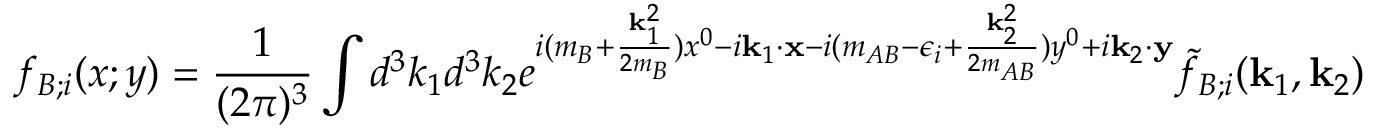
f _ { B ; i } ( x ; y ) = \frac { 1 } { ( 2 \pi ) ^ { 3 } } \int d ^ { 3 } k _ { 1 } d ^ { 3 } k _ { 2 } e ^ { i ( m _ { B } + \frac { { \bf k } _ { 1 } ^ { 2 } } { 2 m _ { B } } ) x ^ { 0 } - i { \bf k } _ { 1 } \cdot { \bf x } - i ( m _ { A B } - \epsilon _ { i } + \frac { { \bf k } _ { 2 } ^ { 2 } } { 2 m _ { A B } } ) y ^ { 0 } + i { \bf k } _ { 2 } \cdot { \bf y } } \tilde { f } _ { B ; i } ( { \bf k } _ { 1 } , { \bf k } _ { 2 } )